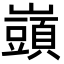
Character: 𡾣